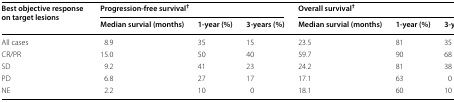
| <ROWSPAN=2> Best objective response on target lesions | <COLSPAN=3> Progression-free survival† | <COLSPAN=3> Overall survival† |
 | Median survial (months) | 1-year (%) | 3-years (%) | Median survial (months) | 1-year (%) | 3-years (%) |
 | --- | --- | --- | --- | --- | --- | --- |
 | All cases | 8.9 | 35 | 15 | 23.5 | 81 | 35 |
 | CR/PR | 15.0 | 50 | 40 | 59.7 | 90 | 68 |
 | SD | 9.2 | 41 | 23 | 24.2 | 81 | 38 |
 | PD | 6.8 | 27 | 17 | 17.1 | 63 | 0 |
 | NE | 2.2 | 10 | 0 | 18.1 | 60 | 10 |